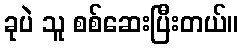
ခုပဲ သူ စစ်ဆေးပြီးတယ်။